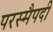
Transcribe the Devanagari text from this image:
परस्मैपदी